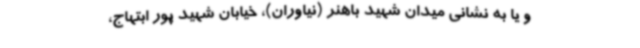
و یا به نشانی میدان شهید باهنر (نیاوران)، خیابان شهید پور ابتهاج،